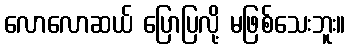
လောလောဆယ် ပြောပြလို့ မဖြစ်သေးဘူး။